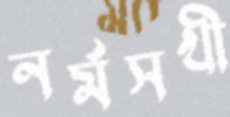
নর্মসখী